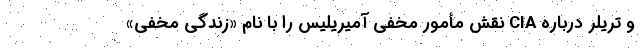
و تریلر درباره CIA نقش مأمور مخفی آمیریلیس را با نام «زندگی مخفی»